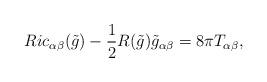
LaTeX: \begin{align*}Ric_{\alpha\beta}(\tilde{g})-\frac{1}{2}R(\tilde{g})\tilde{g}_{\alpha\beta}=8\pi T_{\alpha\beta},\end{align*}